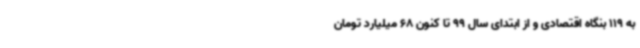
به 119 بنگاه اقتصادی و از ابتدای سال 99 تا کنون 68 میلیارد تومان